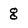
Character: g